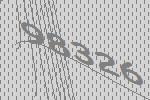
98326